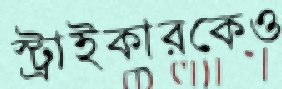
স্ট্রাইকারকেও